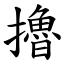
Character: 擼